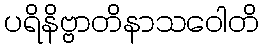
ပရိနိဗ္ဗာတိနာသဝေါတိ